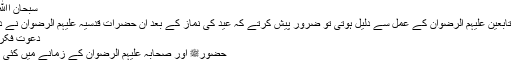
سبحان اﷲ غور فرمائیں
اگر صحابہ و تابعین علیہم الرضوان کے عمل سے دلیل ہوتی تو ضرور پیش کرتے کہ عید کی نماز کے بعد ان حضرات قدسیہ علیہم الرضوان نے دعا مانگی ہے
دعوت فکر غور فرمائیں
حضورﷺ اور صحابہ علیہم الرضوان کے زمانے میں کئی عیدیں آئی ہیں۔